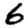
Digit: 6